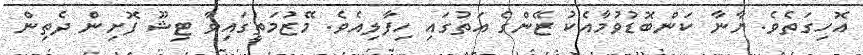
އޮހިގަތެވެ. ޔާނާ ކަންބޮޑުވުމާއެކު ޒޭންގެ އަތުގައި ހިފާލިއެވެ. މޭޒުމަތީގައިވާ ޓިޝޫ ފޮށިން ދެތިން